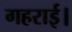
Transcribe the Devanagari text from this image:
गहराई।